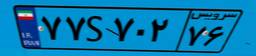
۷۷S۷۰۲۷۶